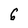
Character: 6